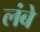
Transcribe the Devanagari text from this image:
लंबे